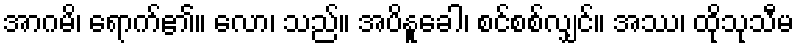
အာဂမိ၊ ရောက်၏။ လော၊ သည်။ အပိနူခေါ၊ စင်စစ်လျှင်။ အဿ၊ ထိုသုသီမ